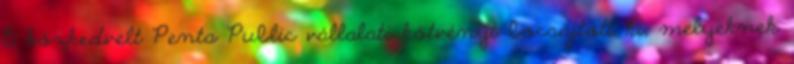
15 közkedvelt Penta Public vállalati kötvényt bocsájtott ki, melyeknek